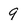
Character: 9